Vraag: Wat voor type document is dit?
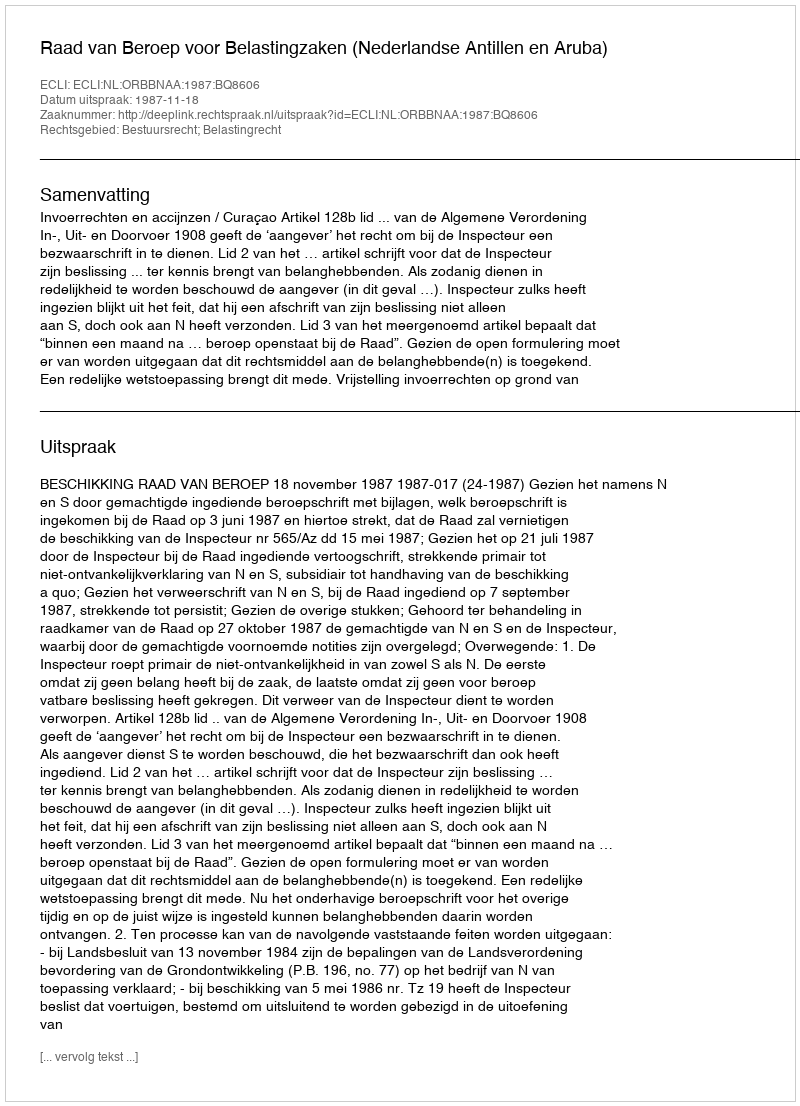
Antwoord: Uitspraak